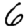
Digit: 6